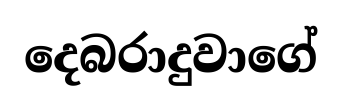
දෙබරාදුවාගේ